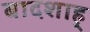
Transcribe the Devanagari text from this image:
बादशाह्